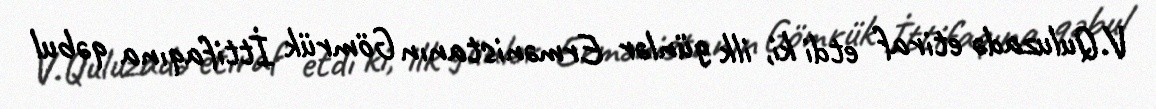
V.Quluzadə etiraf etdi ki, ilk günlər Ermənistanın Gömrük İttifaqına qəbul